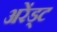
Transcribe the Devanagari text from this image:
अरेंड्ट